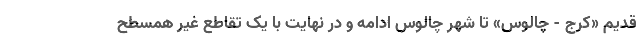
قدیم «کرج - چالوس» تا شهر چالوس ادامه و در نهایت با یک تقاطع غیر همسطح